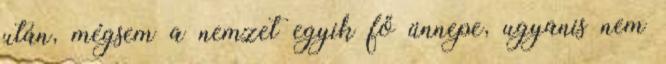
után, mégsem a nemzet egyik fő ünnepe, ugyanis nem